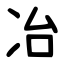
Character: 冶